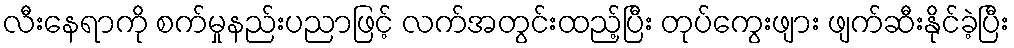
လီးနေရာကို စက်မှုနည်းပညာဖြင့် လက်အတွင်းထည့်ပြီး တုပ်ကွေးဖျား ဖျက်ဆီးနိုင်ခဲ့ပြီး